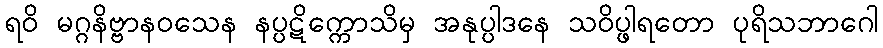
ရဝိ မဂ္ဂနိဗ္ဗာနဝသေန နပ္ပဋိက္ကောသိမှ အနုပ္ပါဒနေ သဝိပ္ဖါရတော ပုရိသဘာဂေါ